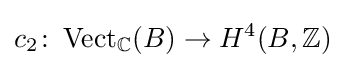
c_{2}\colon \operatorname {Vect} _{\mathbb {C} }(B)\rightarrow H^{4}(B,\mathbb {Z} )